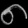
Digit: ၈